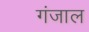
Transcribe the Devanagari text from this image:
गंजाल